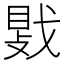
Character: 𫼀